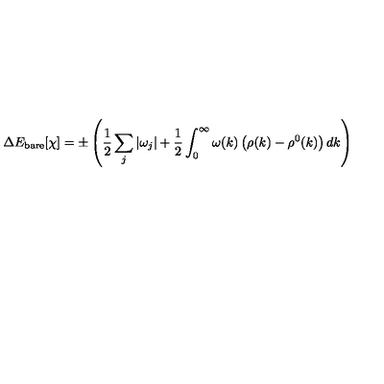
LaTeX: \Delta E _ { \mathrm { b a r e } } [ \chi ] = \pm \left( \frac { 1 } { 2 } \sum _ { j } | \omega _ { j } | + \frac { 1 } { 2 } \int _ { 0 } ^ { \infty } \omega ( k ) \left( \rho ( k ) - \rho ^ { 0 } ( k ) \right) d k \right)